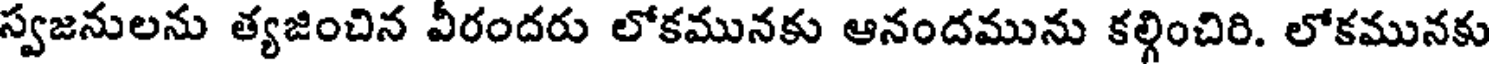
స్వజనులను త్యజించిన వీరందరు లోకమునకు ఆనందమును కల్గించిరి. లోకమునకు